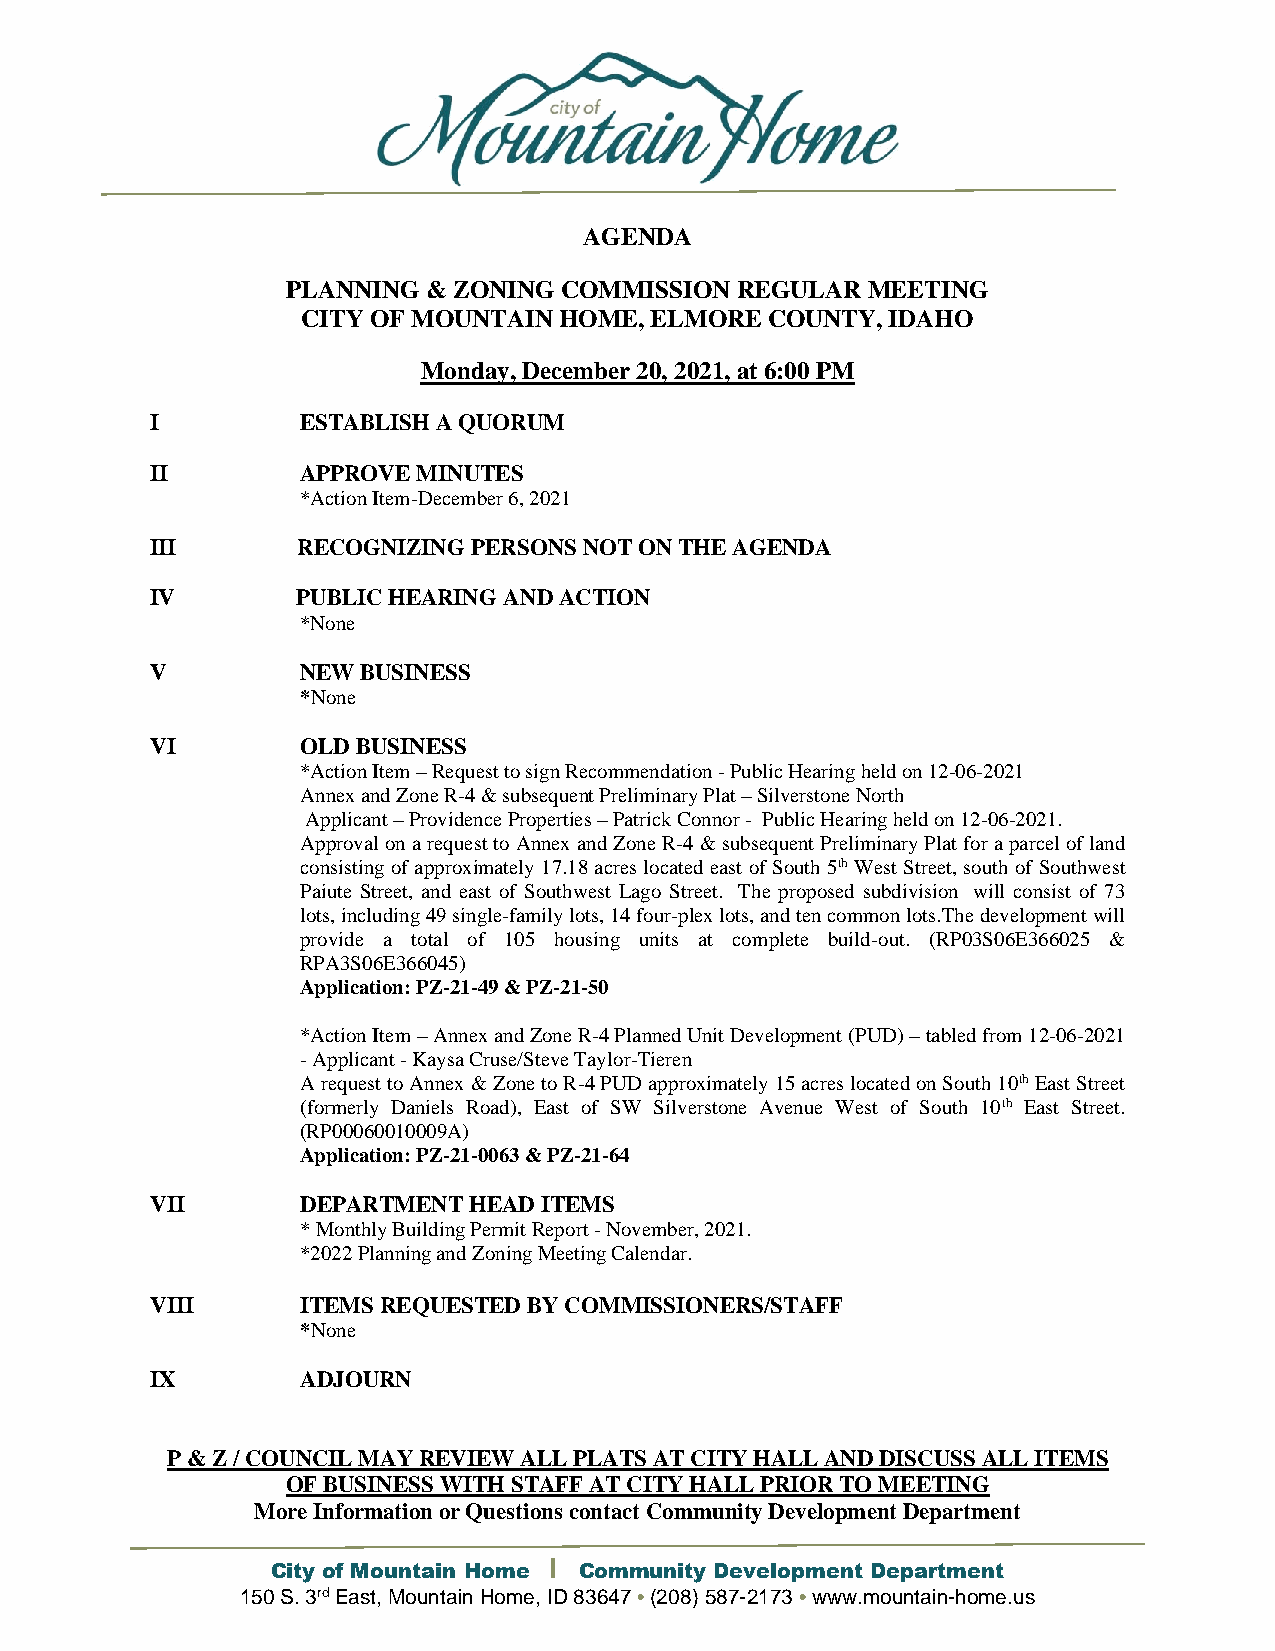
AGENDA
 PLANNING & ZONING COMMISSION  REGULAR MEETING
 CITY OF MOUNTAIN HOME, ELMORE  COUNTY, IDAHO
 Monday, December 20, 2021, at 6:00 PM
 I         ESTABLISH A QUORUM
 II        APPROVE MINUTES
 *Action Item-December 6, 2021
 III       RECOGNIZING PERSONS NOT ON THE AGENDA
 IV        PUBLIC HEARING AND ACTION
 *None
 V         NEW BUSINESS
 *None
 VI        OLD BUSINESS
 *Action Item – Request to sign Recommendation - Public Hearing held on 12-06-2021
 Annex and Zone R-4 & subsequent Preliminary Plat – Silverstone North
 Applicant – Providence Properties – Patrick Connor - Public Hearing held on 12-06-2021.
 Approval on a request to Annex and Zone R-4 & subsequent Preliminary Plat for a parcel of land
 consisting of approximately 17.18 acres located east of South 5th West Street, south of Southwest
 Paiute Street, and east of Southwest Lago Street. The proposed subdivision will consist of 73
 lots, including 49 single-family lots, 14 four-plex lots, and ten common lots.The development will
 provide a total of 105 housing units at complete build-out. (RP03S06E366025 &
 RPA3S06E366045)
 Application: PZ-21-49 & PZ-21-50
 *Action Item – Annex and Zone R-4 Planned Unit Development (PUD) – tabled from 12-06-2021
 - Applicant - Kaysa Cruse/Steve Taylor-Tieren
 A request to Annex & Zone to R-4 PUD approximately 15 acres located on South 10th East Street
 (formerly Daniels Road), East of SW Silverstone Avenue West of South 10th East Street.
 (RP00060010009A)
 Application: PZ-21-0063 & PZ-21-64
 VII       DEPARTMENT HEAD ITEMS
 * Monthly Building Permit Report - November, 2021.
 *2022 Planning and Zoning Meeting Calendar.
 VIII      ITEMS REQUESTED BY COMMISSIONERS/STAFF
 *None
 IX        ADJOURN
 P & Z / COUNCIL MAY REVIEW ALL PLATS AT CITY HALL AND DISCUSS ALL ITEMS
 OF BUSINESS WITH STAFF AT CITY HALL PRIOR TO MEETING
 More Information or Questions contact Community Development Department
 City of Mountain Home Community Development Department
 150 S. 3rd East, Mountain Home, ID 83647 • (208) 587-2173 • www.mountain-home.us